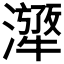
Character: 𤁁